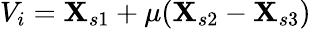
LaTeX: V_{i}=\mathbf{X}_{s1}+\mu(\mathbf{X}_{s2}-\mathbf{X}_{s3})